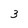
Character: 3